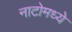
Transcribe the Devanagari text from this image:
नाटोमध्ये